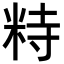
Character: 𥹩